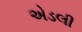
એડલી